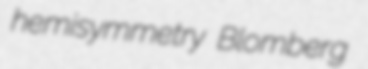
hemisymmetry Blomberg